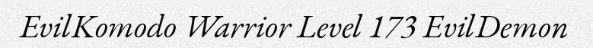
EvilKomodo Warrior Level 173 EvilDemon